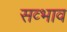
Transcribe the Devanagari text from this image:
सव्भाव